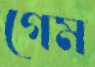
গেম